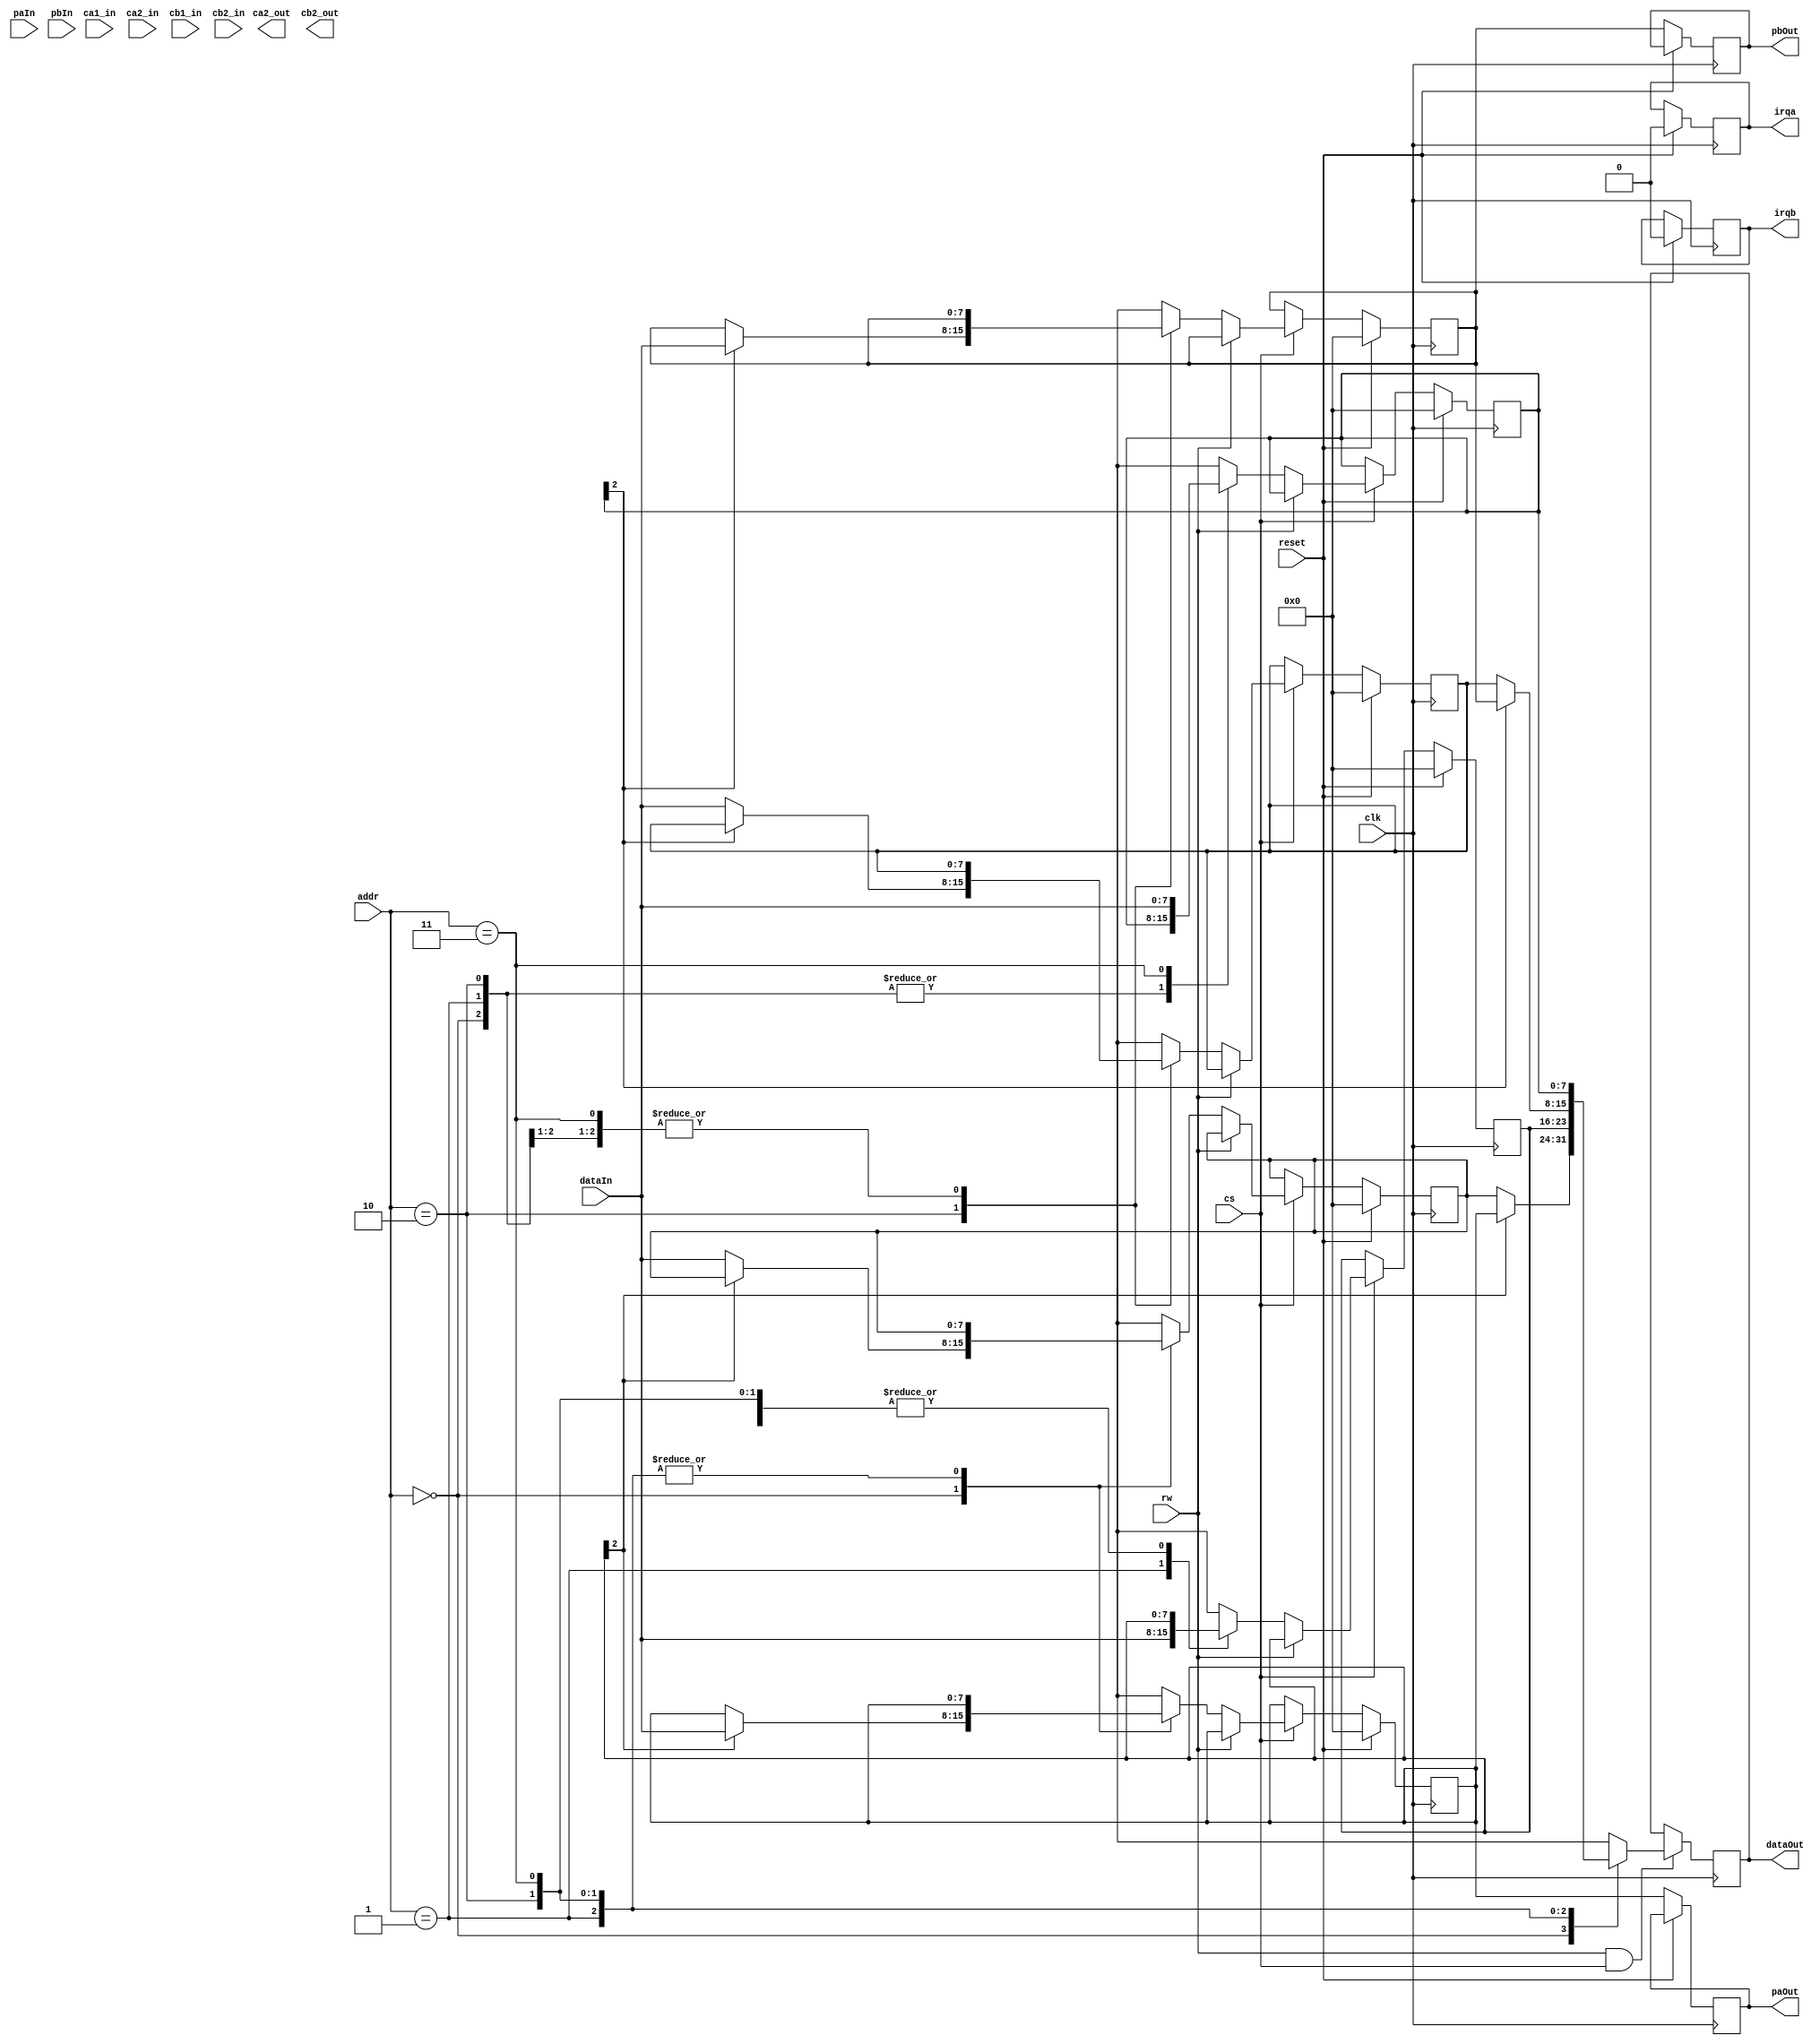
//============================================================================
//  AIM65 replica
// 
//  Port to MiSTer
//  Copyright (C) 2023 Fil shinymetal6@gmail.com
//
//  This program is free software; you can redistribute it and/or modify it
//  under the terms of the GNU General Public License as published by the Free
//  Software Foundation; either version 2 of the License, or (at your option)
//  any later version.
//
//  This program is distributed in the hope that it will be useful, but WITHOUT
//  ANY WARRANTY; without even the implied warranty of MERCHANTABILITY or
//  FITNESS FOR A PARTICULAR PURPOSE.  See the GNU General Public License for
//  more details.
//
//  You should have received a copy of the GNU General Public License along
//  with this program; if not, write to the Free Software Foundation, Inc.,
//  51 Franklin Street, Fifth Floor, Boston, MA 02110-1301 USA.
//============================================================================

module pia6520 ( 
	input 			cs,     // Chip select.
	input 			clk,    // clock
	input 			reset,	// Reset (active low)
	input 			rw,     // write (low) / read (high)
	input [1:0]		addr,   // Address
	input [7:0]		dataIn,
	output reg [7:0]dataOut,
	input  [7:0]	paIn,   // Peripheral data port A input
	output reg [7:0]paOut,  // Peripheral data port A
	input  [7:0]	pbIn,   // Peripheral data port B input
	output reg [7:0]pbOut,  // Peripheral data port B
	input           ca1_in,
	output reg      ca2_out,
	input           ca2_in,
	input           cb1_in,
	output reg      cb2_out,
	input           cb2_in,	
	output reg 		irqa,   // Interrupt request	
	output reg 		irqb	// Interrupt request	
);

/*
register map 
	0	ORA	/ DDRA
	1	CRA
	2	ORB / DDRB
	3	CRB
*/
reg	[7:0] ORA;  
reg	[7:0] DDRA;  
reg	[7:0] CRA;
reg	[7:0] ORB;
reg	[7:0] DDRB;
reg	[7:0] CRB;

//always@(addr | rw | CRA | CRB)
always@(posedge clk)	
begin
	if (( rw == 1 ) && (cs == 1 ))
	begin
		case(addr)
			2'h0:  
				if ( CRA[2] == 1 )
					dataOut=ORA; 
				else
					dataOut=DDRA;
			2'h1: dataOut=CRA;
			2'h2: if ( CRB[2] == 1 ) 
					dataOut=ORB; 
				else
					dataOut=DDRB;
			2'h3: dataOut=CRB;
		endcase	
	end			
end

always@(posedge clk)
	begin
		if (reset==1)
		begin 
			ORA = 0;
			DDRA = 0;
			CRA = 0;
			ORB = 0;
			DDRB = 0;
			CRB = 0;
			irqa = 0;
			irqb = 0;
		end
		else
		begin 
			paOut = ORA;
			pbOut = ORB;
			if ( cs == 1 )
			begin
				if ( rw == 0 )
				begin
					case(addr)
						2'h0:  
							if ( CRA[2] == 1 )
								ORA=dataIn; 
							else
								DDRA=dataIn;
						2'h1: CRA=dataIn;
						2'h2: if ( CRB[2] == 1 ) 
								ORB=dataIn; 
							else
								DDRB=dataIn;
						2'h3: CRB=dataIn;
					endcase	
				end			
			end
		end
end

endmodule